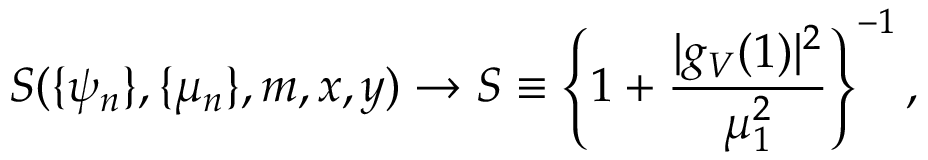
S ( \{ \psi _ { n } \} , \{ \mu _ { n } \} , m , x , y ) \rightarrow { \cal S } \equiv \left\{ 1 + \frac { | g _ { V } ( 1 ) | ^ { 2 } } { \mu _ { 1 } ^ { 2 } } \right\} ^ { - 1 } ,